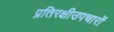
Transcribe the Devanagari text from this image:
प्रतिरक्षीउपचारों